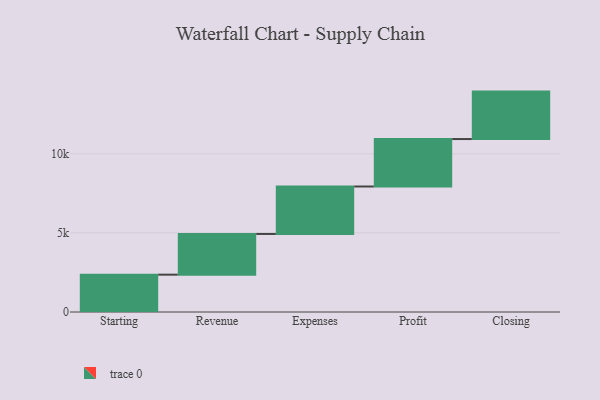
{"axis": {"x": "Step", "y": "Value"}, "legend": [""], "data": [{"x": "Starting", "y": 2361.0, "type": ""}, {"x": "Revenue", "y": 2574.0, "type": ""}, {"x": "Expenses", "y": 3000, "type": ""}, {"x": "Profit", "y": 3000, "type": ""}, {"x": "Closing", "y": 3000, "type": ""}]}